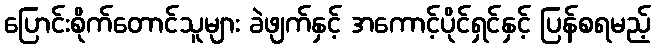
ပြောင်းစိုက်တောင်သူများ ခဲဖျက်နှင့် အကောင့်ပိုင်ရှင်နှင့် ပြန်စရမည့်